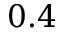
0 . 4